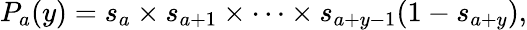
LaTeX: P_{a}(y)=s_{a}\times s_{a+1}\times\cdots\times s_{a+y-1}(1-s_{a+y}),